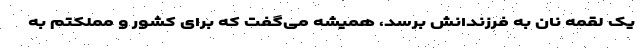
یک لقمه نان به فرزندانش برسد، همیشه می‌گفت که برای کشور و مملکتم به